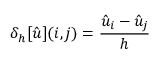
\delta _ { h } [ { \hat { u } } ] ( i , j ) = { \frac { { \hat { u } } _ { i } - { \hat { u } } _ { j } } { h } }